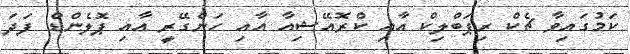
ކަމުގައިވާ ޗެކް ރިޕަބްލިކް އާއި ކްރޮއޭޝިއާ އާއި ހަންގޭރީ އާއި ޕޮލެންޑް ފަދަ